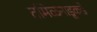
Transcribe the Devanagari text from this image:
तमिळनाडूकडे